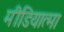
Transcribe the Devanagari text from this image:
मीडियात्मा